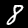
Label: 8